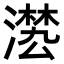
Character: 𣽕